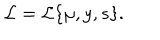
LaTeX: { \cal L } = { \cal L } \{ \mu , y , s \} .